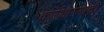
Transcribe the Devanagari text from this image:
कारभार्‍यांची